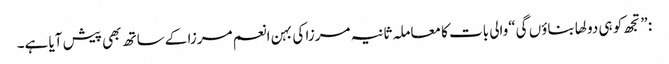
: ”تجھ کو ہی دولھا بناؤں گی“والی بات کا معاملہ ثانیہ مرزا کی بہن انعم مرزا کے ساتھ بھی پیش آیا ہے۔